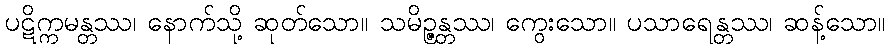
ပဋိက္ကမန္တဿ၊ နောက်သို့ ဆုတ်သော။ သမိဉ္ဇန္တဿ၊ ကွေးသော။ ပသာရေန္တဿ၊ ဆန့်သော။